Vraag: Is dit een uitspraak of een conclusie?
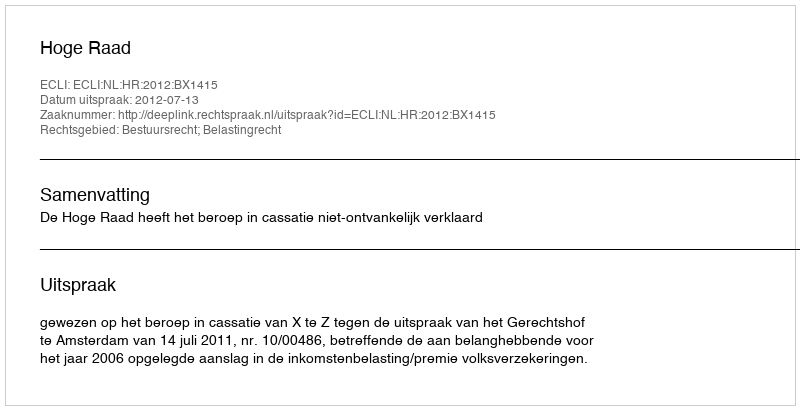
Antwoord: Uitspraak